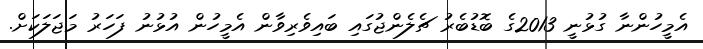
އެމީހުންނާ ގުޅުނީ 2013ގެ ބޮޑުބެރު ޗެލެންޖުގައި ބައިވެރިވާން އެމީހުން އުޅުނު ފަހަރު މަޖަލަކަށް.